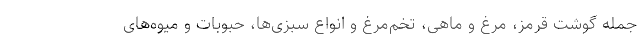
جمله گوشت قرمز، مرغ و ماهی، تخم‌مرغ و انواع سبزی‌ها، حبوبات و میوه‌های